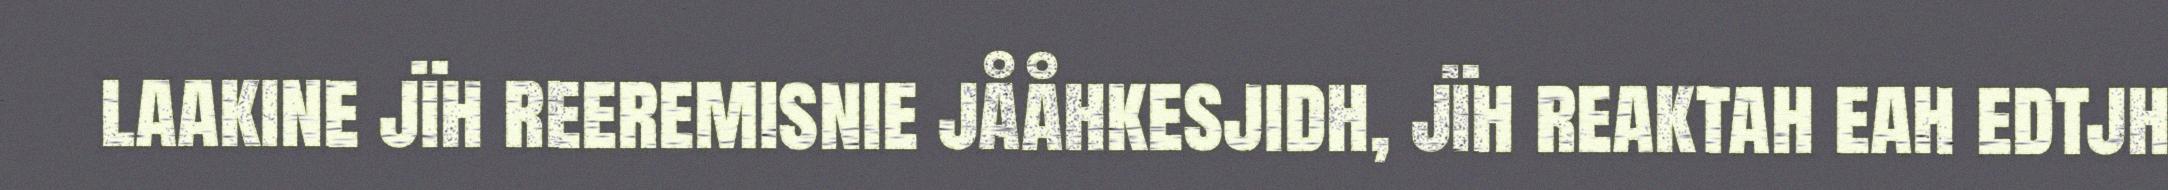
laakine jïh reeremisnie jååhkesjidh, jïh reaktah eah edtjh